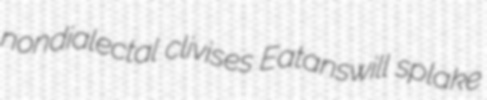
nondialectal clivises Eatanswill splake